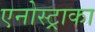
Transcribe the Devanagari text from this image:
एनोस्ट्राका